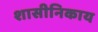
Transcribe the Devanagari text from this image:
शासीनिकाय